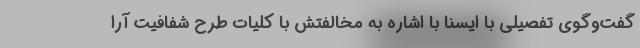
گفت‌وگوی تفصیلی با ایسنا با اشاره به مخالفتش با کلیات طرح شفافیت آرا